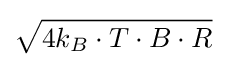
{\sqrt {4k_{B}\cdot T\cdot B\cdot R}}